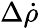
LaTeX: \Delta\dot{\rho}